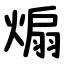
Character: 煽